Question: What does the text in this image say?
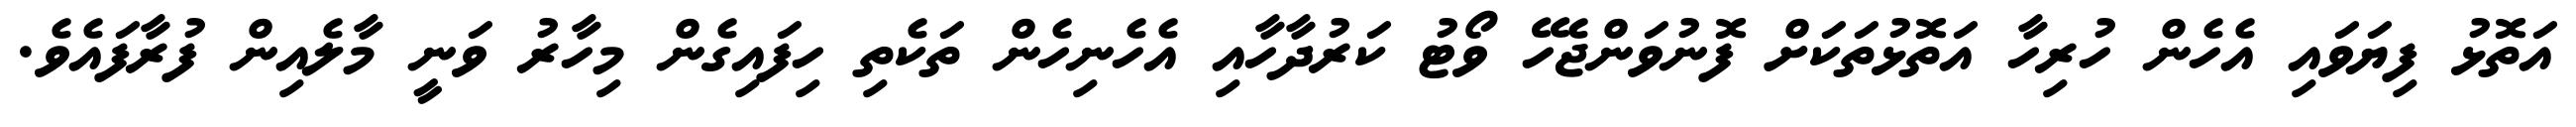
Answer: އަތޮޅު ފިޔަވައި އެހެން ހުރިހާ އަތޮޅުތަކަށް ފޮނުވަންޖެހޭ ވޯޓު ކަރުދާހާއި އެހެނިހެން ތަކެތި ހިފައިގެން މިހާރު ވަނީ މާލެއިން ފުރާފައެވެ.